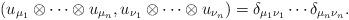
LaTeX: \begin{align*}(u_{\mu_{1}}\otimes \cdots \otimes u_{\mu_{n}}, u_{\nu_{1}}\otimes \cdots \otimes u_{\nu_{n}})=\delta_{\mu_{1}\nu_{1}} \cdots \delta_{\mu_{n}\nu_{n}}. \end{align*}